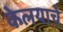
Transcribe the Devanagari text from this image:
केलयाचे